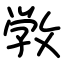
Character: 敩